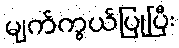
မျက်ကွယ်ပြုပြီး